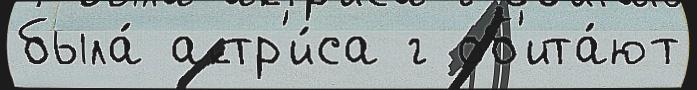
была́ актр'и́са г об'ита́ют